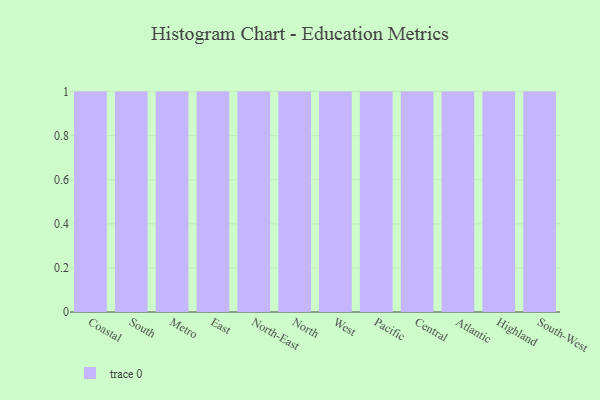
{"axis": {"x": "Region", "y": "LTV (USD)"}, "legend": [""], "data": [{"x": "Coastal", "y": 64, "type": ""}, {"x": "South", "y": 53, "type": ""}, {"x": "Metro", "y": 32, "type": ""}, {"x": "East", "y": 53, "type": ""}, {"x": "North-East", "y": 56, "type": ""}, {"x": "North", "y": 1, "type": ""}, {"x": "West", "y": 79, "type": ""}, {"x": "Pacific", "y": 16, "type": ""}, {"x": "Central", "y": 46, "type": ""}, {"x": "Atlantic", "y": 93, "type": ""}, {"x": "Highland", "y": 6, "type": ""}, {"x": "South-West", "y": 18, "type": ""}]}